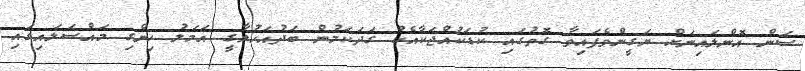
ސަން އޮންލައިނަށް ޔަގީންވެފައިވާ ގޮތުގައި ކުޑަކުއްޖަކާއެކު ގަދަކަމުން ބަދުއަހުލާގީ އަމަލު ހިންގި މައްސަލައިގައި